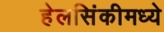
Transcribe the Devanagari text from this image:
हेलसिंकीमध्ये